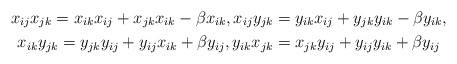
\begin{gather*} x_{ij} x_{jk}=x_{ik} x_{ij}+x_{jk} x_{ik} -\beta x_{ik}, x_{ij} y_{jk}=y_{ik} x_{ij}+y_{jk} y_{ik}-\beta y_{ik},\\x_{ik} y_{jk}=y_{jk} y_{ij}+y_{ij} x_{ik}+\beta y_{ij},y_{ik}x_{jk}=x_{jk}y_{ij}+y_{ij}y_{ik}+\beta y_{ij}\end{gather*}